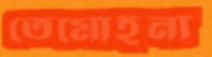
তেমোহনা